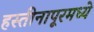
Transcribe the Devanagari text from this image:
हस्तीनापूरमध्ये